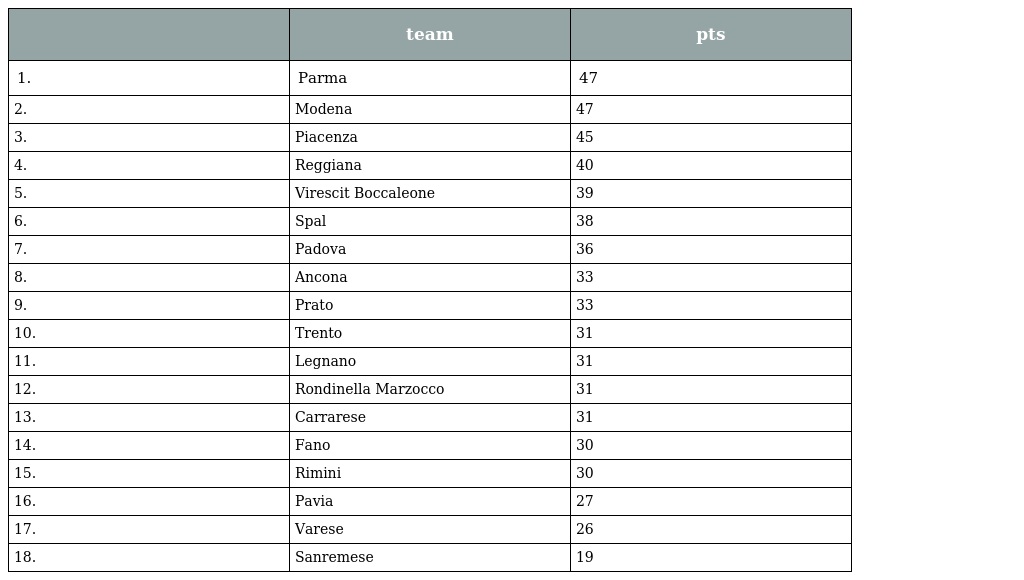
|  | team | pts |
 | --- | --- | --- |
 | 1. | Parma | 47 |
 | 2. | Modena | 47 |
 | 3. | Piacenza | 45 |
 | 4. | Reggiana | 40 |
 | 5. | Virescit Boccaleone | 39 |
 | 6. | Spal | 38 |
 | 7. | Padova | 36 |
 | 8. | Ancona | 33 |
 | 9. | Prato | 33 |
 | 10. | Trento | 31 |
 | 11. | Legnano | 31 |
 | 12. | Rondinella Marzocco | 31 |
 | 13. | Carrarese | 31 |
 | 14. | Fano | 30 |
 | 15. | Rimini | 30 |
 | 16. | Pavia | 27 |
 | 17. | Varese | 26 |
 | 18. | Sanremese | 19 |